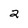
Character: 2